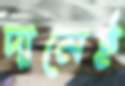
দামেই